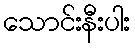
သောင်းနီးပါး